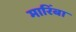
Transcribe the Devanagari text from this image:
मारिंबा